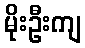
မိုးဦးကျ